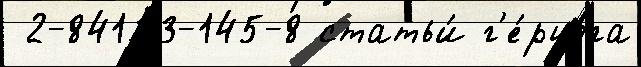
 2-84133-145-8 статьи́ г'е́рцога